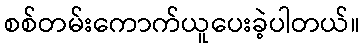
စစ်တမ်းကောက်ယူပေးခဲ့ပါတယ်။